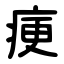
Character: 㾘